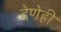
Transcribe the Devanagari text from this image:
देणेही